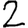
Digit: 2